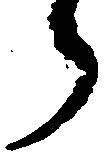
う